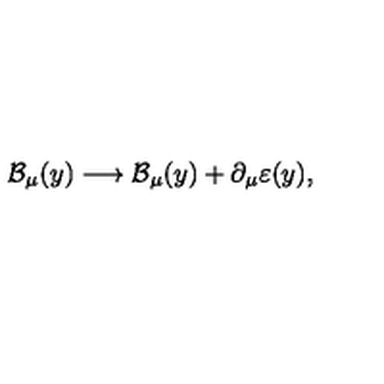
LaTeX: \mathcal { B } _ { \mu } ( y ) \longrightarrow \mathcal { B } _ { \mu } ( y ) + \partial _ { \mu } \varepsilon ( y ) ,